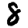
Digit: 8